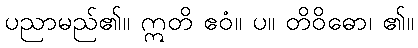
ပညာမည်၏။ ဣတိ ဧဝံ။ ပ။ တိဝိဓော၊ ၏။